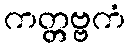
ကတ္တဗ္ဗကံ